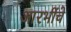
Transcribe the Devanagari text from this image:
आरभींचे